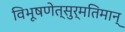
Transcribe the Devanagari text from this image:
विभूषणेत्सुर्मतिमान्